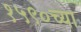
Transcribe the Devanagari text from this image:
१५९०च्या